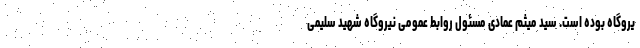
یروگاه بوده است. سید میثم عمادی مسئول روابط عمومی نیروگاه شهید سلیمی